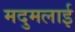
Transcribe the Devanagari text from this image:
मदुमलाई